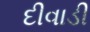
દીવાડી